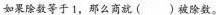
如果除数等于1，那么商就( )被除数。